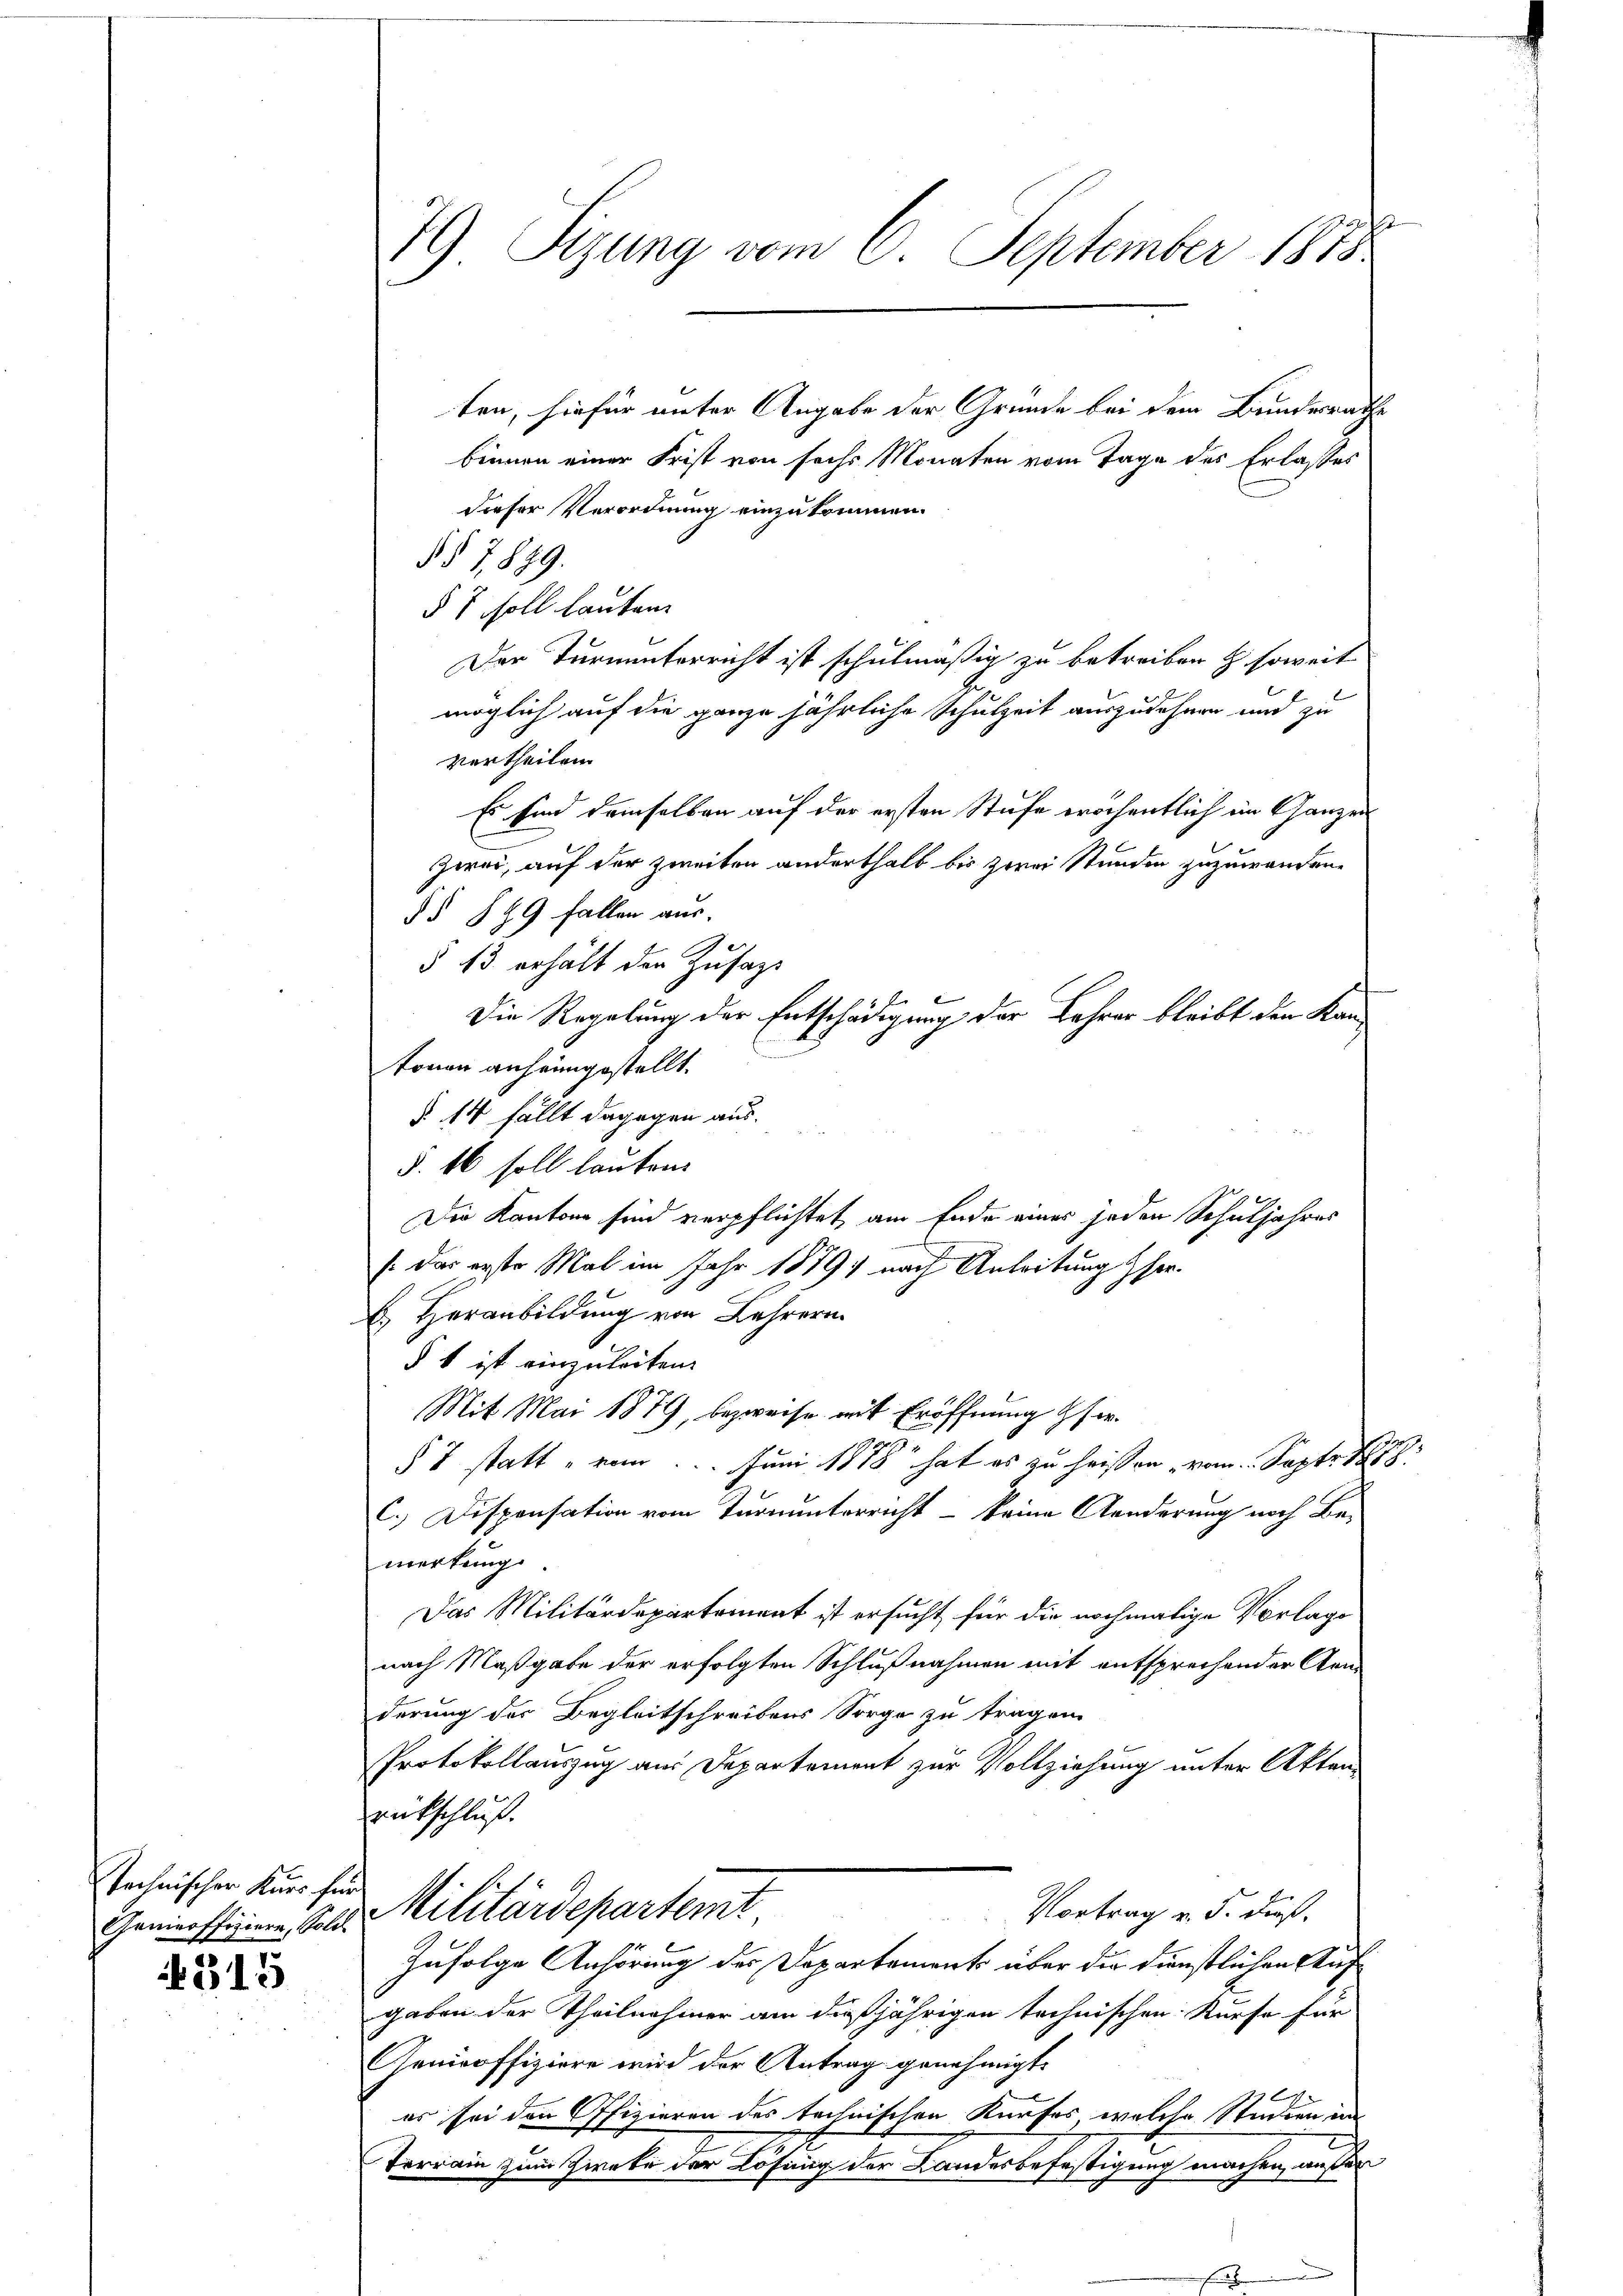
technischer Kurs für

315

79) Sizung vom 6. September 1878

ten, hiefür unter Angabe der Grunde bei dem Bunderrathe
binnen einer Frist von sechs Monaten vom Tage des Erlasses
dieser Verordnung einzukommen.
§§ 7889.
§ 7 soll lauten.
Der Turnunterricht ist schulmäßig zu betreiben & soweit
möglich auf die ganze jährliche Schulzeit auszudehnen und zu
vertheilen.
Es sind demselben auf der ersten Stufe eröchentlich im Ganzen
zwei, auf der zweiten anderthalb bis zwei Stunden zuzuwandene
§§ § 99 fallen aus.
§ 13 erhält den Zusagt
Die Regelung der Entschädigung der Lehrer bleibt den Kantonen anheimgestellt.
§. 14 fällt dagegen aus.
§. 16 soll lauten
Die Kantons sind verpflichtet, am Ende eines jeden Schuljahres
/ das erste Mal im Jahr 1879) nach Anleitung herb. Heranbildung von Lehrern
§ t ist einzuleiten.
Mit Mai 1879, bezweife mit Eröffnung Gs er¬
§ 7 statt „vom... Juni 1888 hat es zu heissen vom Septe d
C.) Dispensation vom Turnunterricht – keine Aenderung noch Be-
merkung
Das Militärdepartement ist ersucht für die nochmalige Vorlage
nach Maßgabe der erfolgten Schlußnahmen mit entsprechender Standerung der Begleitschreibens Sorge zu tragen.
Protokollauszug aus Departement zur Vollziehung unter Aktenrückschluß.
Vortrag v. 5. dieß.
Genieoffizieren, Sold Militärdepartemt.
Zufolge Anhörung der Departement über die dünstlichen Aufgaben der Theilnahmer am dießjährigen technischen Kurse für
Genieoffiziere wird der Antrag genehmigt.
s
.
es sei den Offizieren des technischen Kaufes welche Studien in
Terrain zum Ziete der Lösung der Landesbefestigung machen, aufer